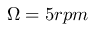
\Omega = 5 r p m